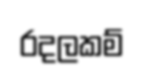
රදලකම්